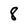
Character: 8